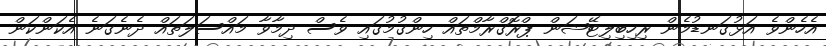
އެހެންވެ އަޅުގަނޑުމެން ރިހިބިލިޓޭޝަން ޕްރޮގްރާމްތައް ހިންގުމުގައި ވެސް ދިމާވާ މައްސަލަތައް ދެނެގަނެ އެކަންކަން